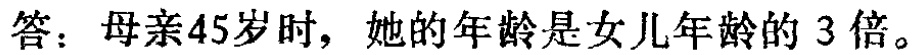
答：母亲45岁时，她的年龄是女儿年龄的 3 倍。